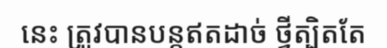
នេះ ត្រូវបានបន្តឥតដាច់ ថ្វីត្បិតតែ